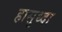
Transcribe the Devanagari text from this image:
हासुध्दा